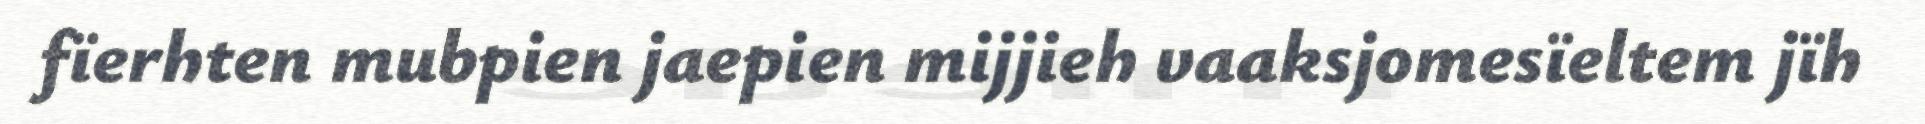
fïerhten mubpien jaepien mijjieh vaaksjomesïeltem jïh